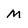
Character: M